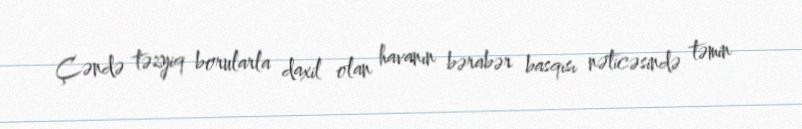
Çəndə təzyiq borularla daxil olan havanın bərabər basqısı nəticəsində təmin